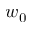
w _ { 0 }